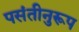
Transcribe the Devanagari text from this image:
पसंतीनुरूप